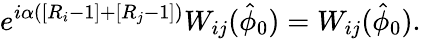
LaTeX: e^{i\alpha\left(\left[R_{i}-1\right]+\left[R_{j}-1\right]\right)}W_{ij}(\hat{\phi}_{0})=W_{ij}(\hat{\phi}_{0}).